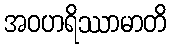
အဝဟရိဿာမာတိ